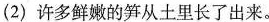
(2)许多鲜嫩的笋从土里长了出来。